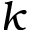
\boldsymbol k